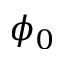
\phi _ { 0 }